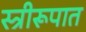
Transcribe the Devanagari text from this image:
स्त्रीरूपात